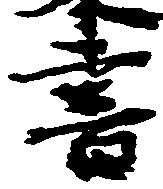
書